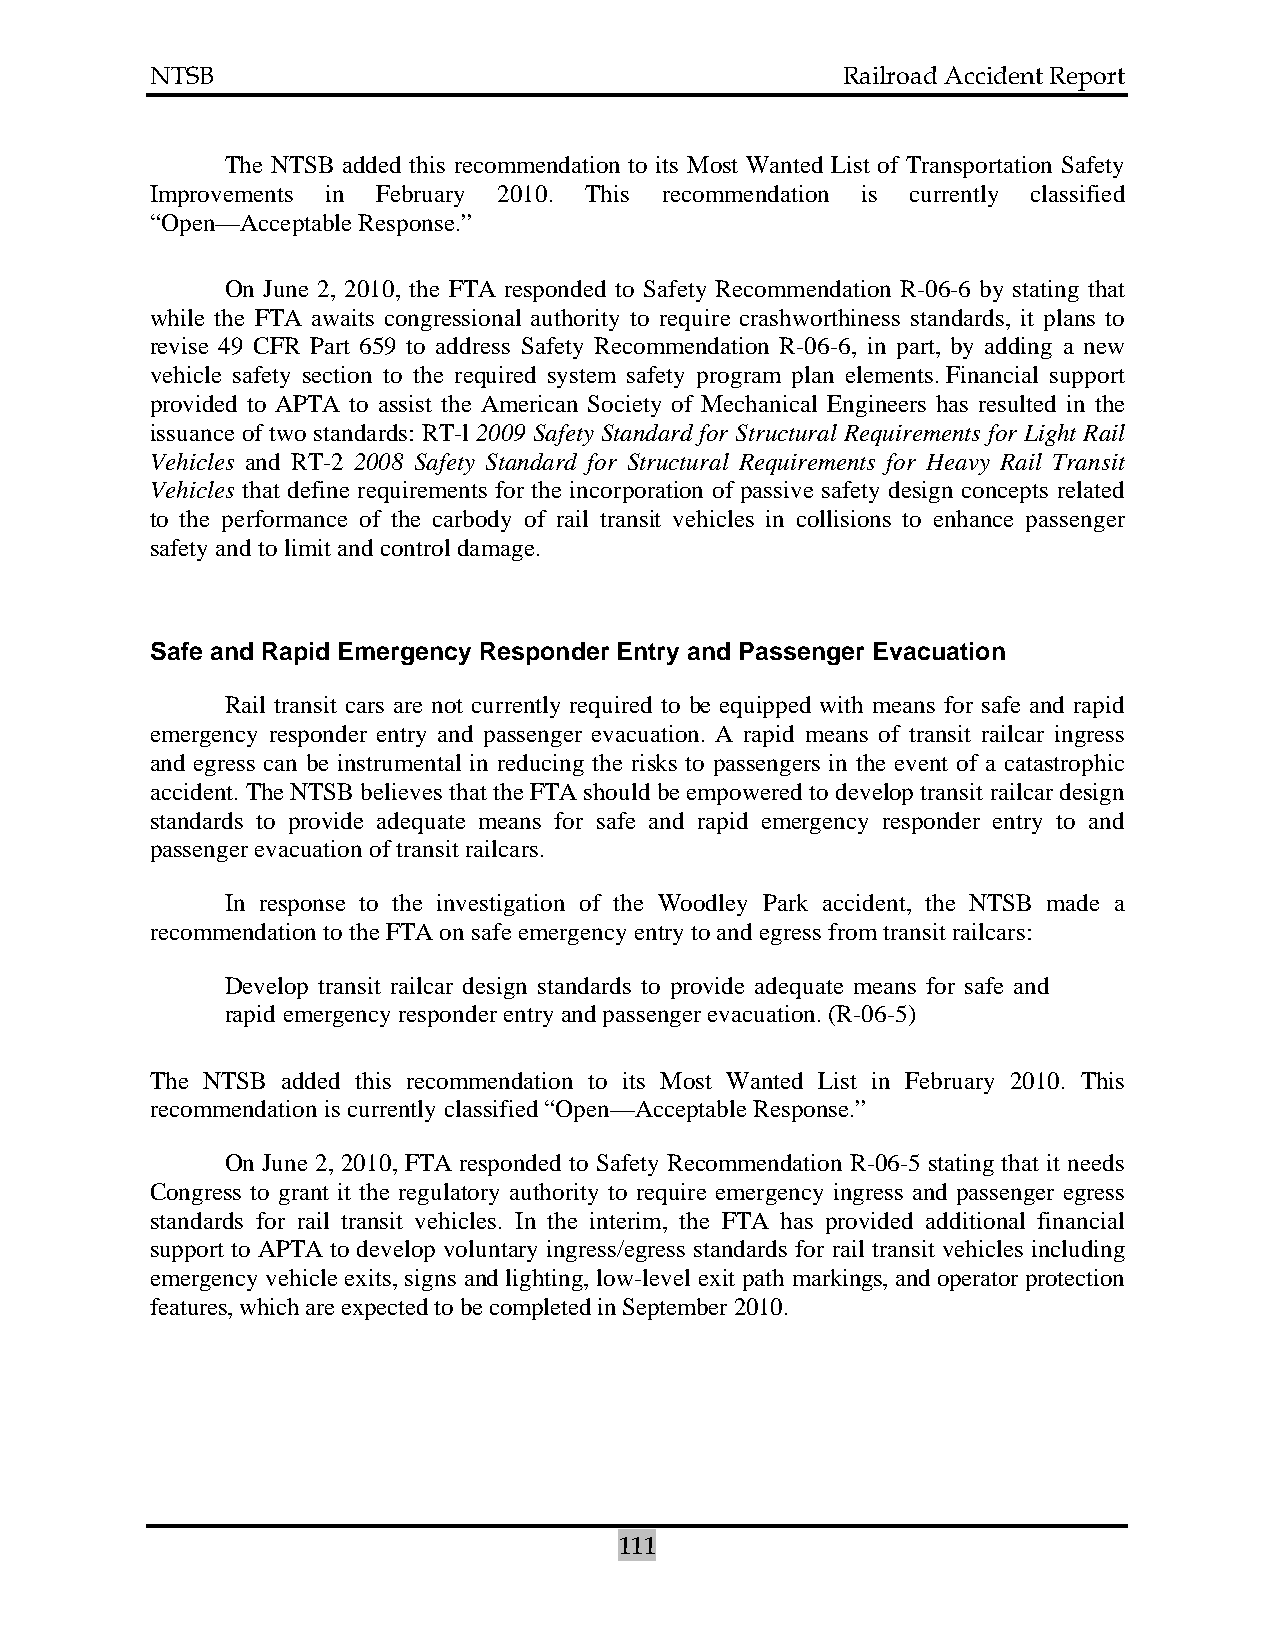
NTSB                                          Railroad Accident Report
 The NTSB added this recommendation to its Most Wanted List of Transportation Safety
 Improvements in February 2010. This recommendation is currently classified
 “Open—Acceptable Response.”
 On June 2, 2010, the FTA responded to Safety Recommendation R-06-6 by stating that
 while the FTA awaits congressional authority to require crashworthiness standards, it plans to
 revise 49 CFR Part 659 to address Safety Recommendation R-06-6, in part, by adding a new
 vehicle safety section to the required system safety program plan elements. Financial support
 provided to APTA to assist the American Society of Mechanical Engineers has resulted in the
 issuance of two standards: RT-l 2009 Safety Standard for Structural Requirements for Light Rail
 Vehicles and RT-2 2008 Safety Standard for Structural Requirements for Heavy Rail Transit
 Vehicles that define requirements for the incorporation of passive safety design concepts related
 to the performance of the carbody of rail transit vehicles in collisions to enhance passenger
 safety and to limit and control damage.
 Safe and Rapid Emergency Responder Entry and Passenger Evacuation
 Rail transit cars are not currently required to be equipped with means for safe and rapid
 emergency responder entry and passenger evacuation. A rapid means of transit railcar ingress
 and egress can be instrumental in reducing the risks to passengers in the event of a catastrophic
 accident. The NTSB believes that the FTA should be empowered to develop transit railcar design
 standards to provide adequate means for safe and rapid emergency responder entry to and
 passenger evacuation of transit railcars.
 In response to the investigation of the Woodley Park accident, the NTSB made a
 recommendation to the FTA on safe emergency entry to and egress from transit railcars:
 Develop transit railcar design standards to provide adequate means for safe and
 rapid emergency responder entry and passenger evacuation. (R-06-5)
 The NTSB added this recommendation to its Most Wanted List in February 2010. This
 recommendation is currently classified “Open—Acceptable Response.”
 On June 2, 2010, FTA responded to Safety Recommendation R-06-5 stating that it needs
 Congress to grant it the regulatory authority to require emergency ingress and passenger egress
 standards for rail transit vehicles. In the interim, the FTA has provided additional financial
 support to APTA to develop voluntary ingress/egress standards for rail transit vehicles including
 emergency vehicle exits, signs and lighting, low-level exit path markings, and operator protection
 features, which are expected to be completed in September 2010.
 111